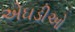
એઘડીઓ